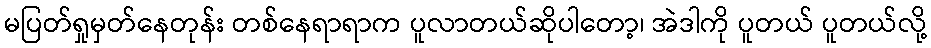
မပြတ်ရှုမှတ်နေတုန်း တစ်နေရာရာက ပူလာတယ်ဆိုပါတော့၊ အဲဒါကို ပူတယ် ပူတယ်လို့